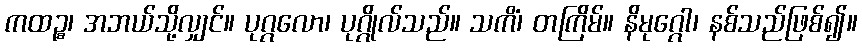
ကထဉ္စ၊ အဘယ်သို့လျှင်။ ပုဂ္ဂလော၊ ပုဂ္ဂိုလ်သည်။ သကိံ၊ တကြိမ်။ နိမုဂ္ဂေါ၊ နစ်သည်ဖြစ်၍။